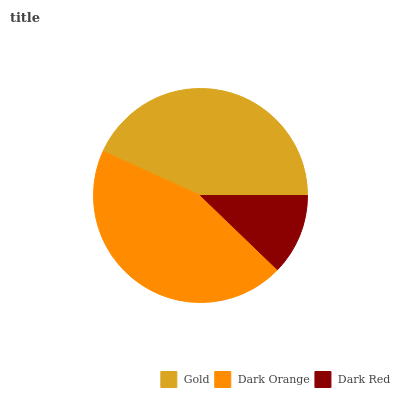
| Gold | Dark Orange | Dark Red |
 | --- | --- | --- |
 | 43.3% | 44.5% | 12.2% |